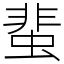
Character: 蜚